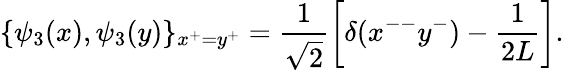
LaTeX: \{ \psi_{3}(x),\psi_{3}(y)\} _{x^{+}=y^{+}}=\frac{1}{\sqrt 2}\left[\delta(x^{--}y^{-})-\frac{1}{2L}\right].